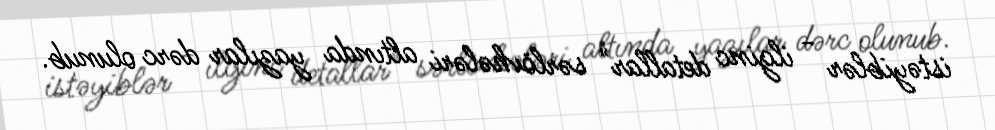
istəyiblər - ilginc detallar" sərlövhələri altında yazılar dərc olunub.